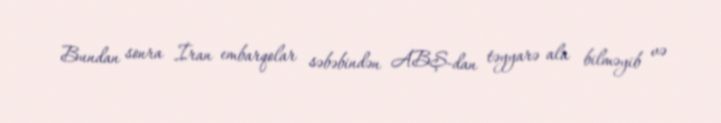
Bundan sonra İran embarqolar səbəbindən ABŞ-dan təyyarə ala bilməyib və